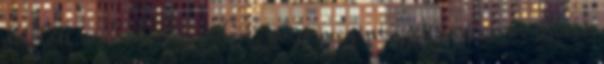
délelőtt működött minden, most megint szét van esve, illetve